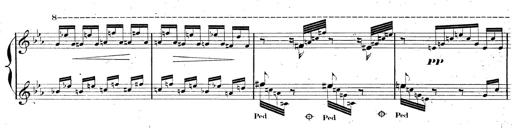
Title: AnnÃ©es de pÃ¨lerinage II, SupplÃ©ment
Composer: Franz Liszt